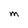
Character: M